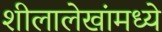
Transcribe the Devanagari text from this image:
शीलालेखांमध्ये